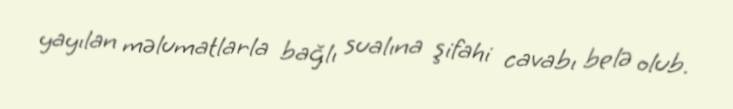
yayılan məlumatlarla bağlı sualına şifahi cavabı belə olub.